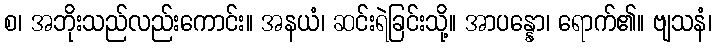
စ၊ အဘိုးသည်လည်းကောင်း။ အနယံ၊ ဆင်းရဲခြင်းသို့။ အာပန္နော၊ ရောက်၏။ ဗျသနံ၊